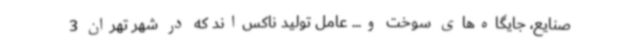
صنایع، جایگاه‌های سوخت و... عامل تولید ناکس‌اند که در شهر تهران 3